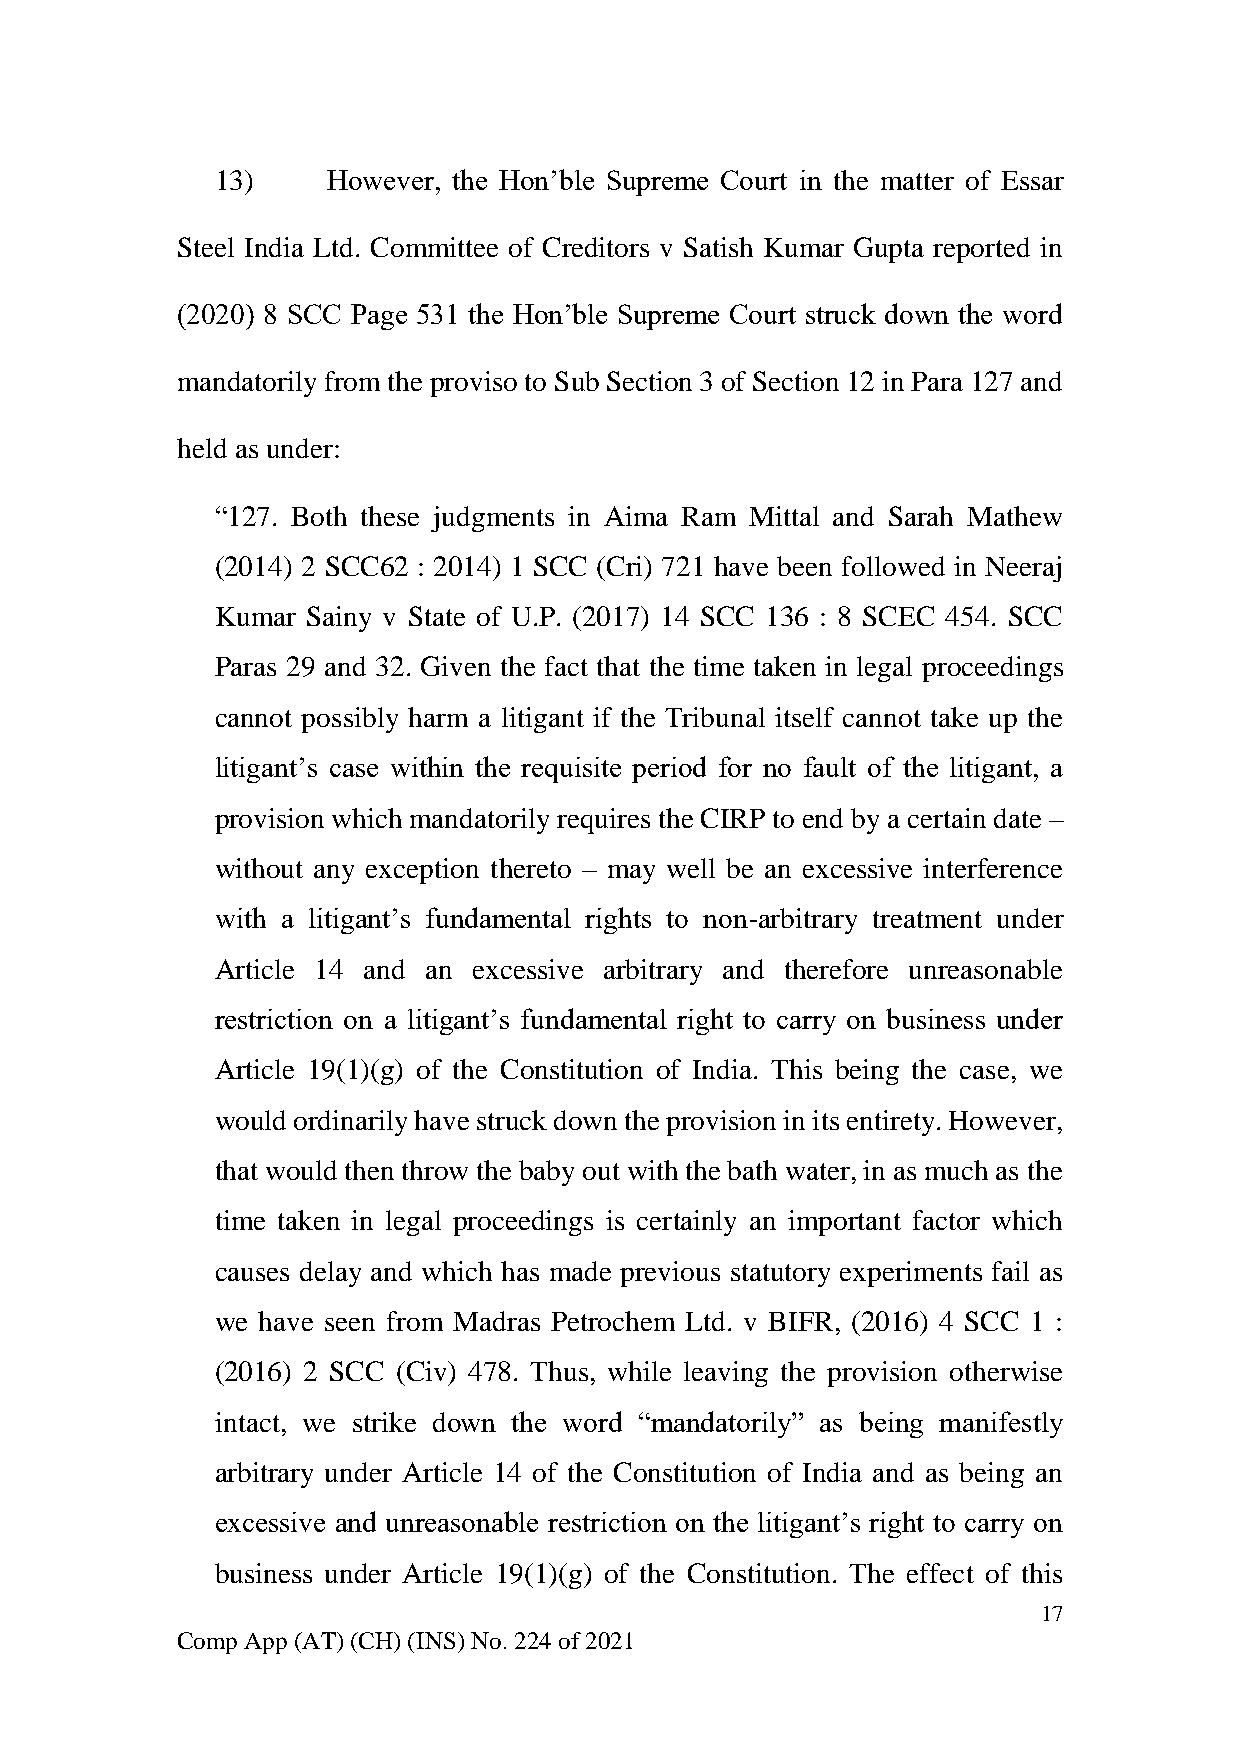
13)     However, the Hon’ble Supreme Court in the matter of Essar
 Steel India Ltd. Committee of Creditors v Satish Kumar Gupta reported in
 (2020) 8 SCC Page 531 the Hon’ble Supreme Court struck down the word
 mandatorily from the proviso to Sub Section 3 of Section 12 in Para 127 and
 held as under:
 “127. Both these judgments in Aima Ram Mittal and Sarah Mathew
 (2014) 2 SCC62 : 2014) 1 SCC (Cri) 721 have been followed in Neeraj
 Kumar Sainy v State of U.P. (2017) 14 SCC 136 : 8 SCEC 454. SCC
 Paras 29 and 32. Given the fact that the time taken in legal proceedings
 cannot possibly harm a litigant if the Tribunal itself cannot take up the
 litigant’s case within the requisite period for no fault of the litigant, a
 provision which mandatorily requires the CIRP to end by a certain date –
 without any exception thereto – may well be an excessive interference
 with a litigant’s fundamental rights to non-arbitrary treatment under
 Article 14 and an excessive arbitrary and therefore unreasonable
 restriction on a litigant’s fundamental right to carry on business under
 Article 19(1)(g) of the Constitution of India. This being the case, we
 would ordinarily have struck down the provision in its entirety. However,
 that would then throw the baby out with the bath water, in as much as the
 time taken in legal proceedings is certainly an important factor which
 causes delay and which has made previous statutory experiments fail as
 we have seen from Madras Petrochem Ltd. v BIFR, (2016) 4 SCC 1 :
 (2016) 2 SCC (Civ) 478. Thus, while leaving the provision otherwise
 intact, we strike down the word “mandatorily” as being manifestly
 arbitrary under Article 14 of the Constitution of India and as being an
 excessive and unreasonable restriction on the litigant’s right to carry on
 business under Article 19(1)(g) of the Constitution. The effect of this
 17
 Comp App (AT) (CH) (INS) No. 224 of 2021